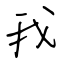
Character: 我